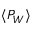
\, \langle P _ { W } \rangle